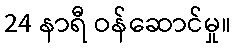
24 နာရီ ဝန်ဆောင်မှု။